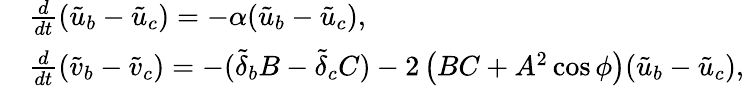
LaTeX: \begin{array}{rl}&{\frac{d}{dt}(\tilde{u}_{b}-\tilde{u}_{c})=-\alpha(\tilde{u}_{b}-\tilde{u}_{c}),}\\ &{\frac{d}{dt}\left(\tilde{v}_{b}-\tilde{v}_{c}\right)=-(\tilde{\delta}_{b}B-\tilde{\delta}_{c}C)-2\left(BC+A^{2}\cos\phi\right)(\tilde{u}_{b}-\tilde{u}_{c}),}\end{array}